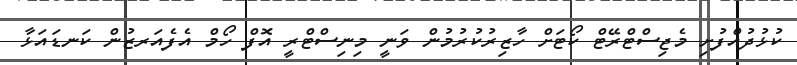
ކުޅުދުއްފުށި މެޖިސްޓްރޭޓް ކޯޓަށް ހާޒިރުކުރުމުން ވަނީ މިނިސްޓްރީ އޮފް ހޯމް އެފެއަރޒުން ކަނޑައަޅާ